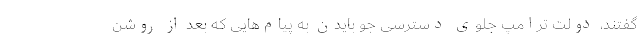
گفتند، دولت ترامپ جلوی دسترسی جو بایدن به پیام‌هایی که بعد از روشن